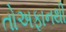
તોઅફાનથી